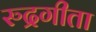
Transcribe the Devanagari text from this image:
रुद्रगीता